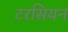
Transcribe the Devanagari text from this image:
टरसियन